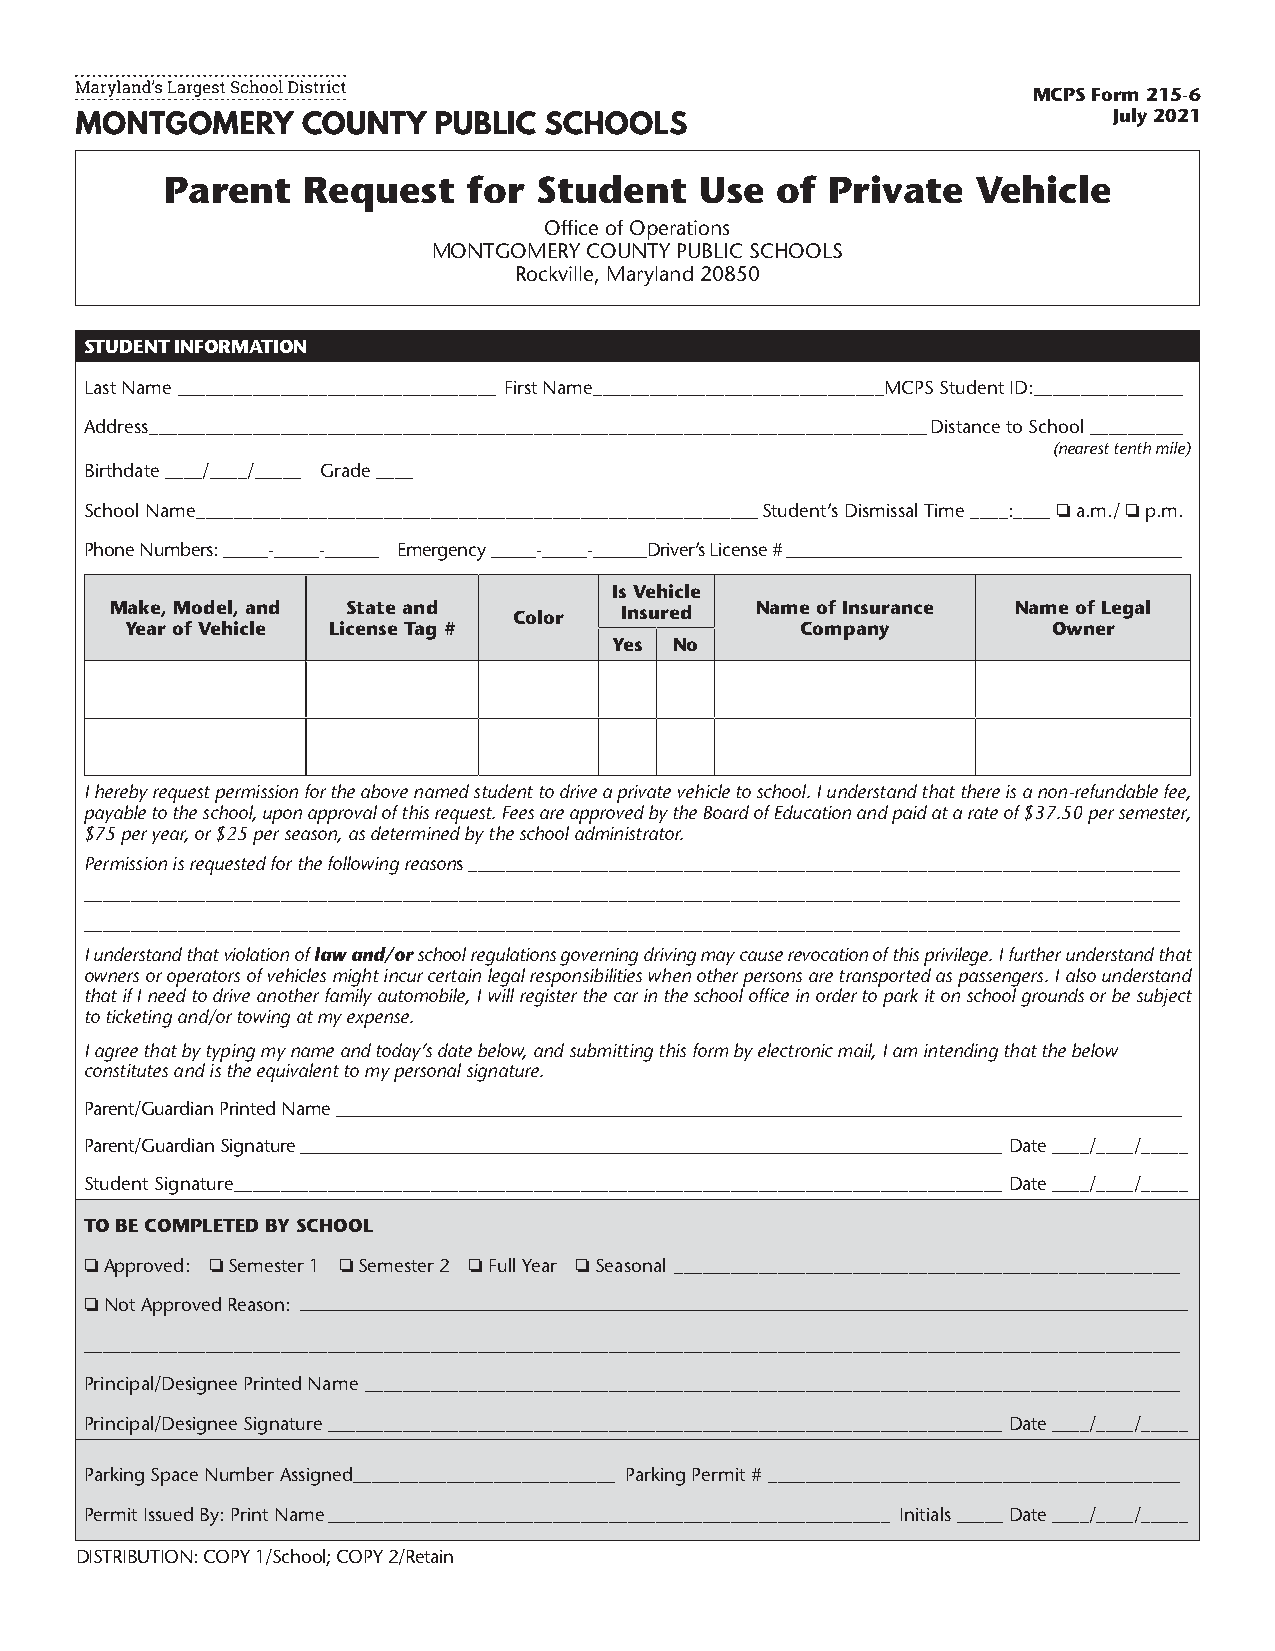
MCPS Form 215-6
 July 2021
 Parent   Request    for Student    Use  of  Private   Vehicle
 Office of Operations
 MONTGOMERY COUNTY PUBLIC SCHOOLS
 Rockville, Maryland 20850
 STUDENT INFORMATION
 Last Name __________________________________ First Name_______________________________MCPS Student ID:________________
 Address ___________________________________________________________________________________Distance to School __________
 (nearest tenth mile)
 Birthdate ____/____/_____ Grade ____
 School Name ____________________________________________________________Student’s Dismissal Time ____:____ o a.m./ o p.m.
 Phone Numbers: _____-_____-______ Emergency _____-_____-______Driver’s License # ____________________________________________
 Is Vehicle
 Make, Model, and State and Color  Insured  Name of Insurance Name of Legal
 Year of Vehicle License Tag #                Company          Owner
 Yes No
 I hereby request permission for the above named student to drive a private vehicle to school. I understand that there is a non-refundable fee,
 payable to the school, upon approval of this request. Fees are approved by the Board of Education and paid at a rate of $37.50 per semester,
 $75 per year, or $25 per season, as determined by the school administrator.
 Permission is requested for the following reasons ____________________________________________________________________________
 _____________________________________________________________________________________________________________________
 _____________________________________________________________________________________________________________________
 I understand that violation of law and/or school regulations governing driving may cause revocation of this privilege. I further understand that
 owners or operators of vehicles might incur certain legal responsibilities when other persons are transported as passengers. I also understand
 that if I need to drive another family automobile, I will register the car in the school office in order to park it on school grounds or be subject
 to ticketing and/or towing at my expense.
 I agree that by typing my name and today’s date below, and submitting this form by electronic mail, I am intending that the below
 constitutes and is the equivalent to my personal signature.
 Parent/Guardian Printed Name ______________________________________________________________________________________________
 Parent/Guardian Signature ______________________________________________________________________________ Date ____/____/_____
 Student Signature __________________________________________________________________________________ Date ____/____/_____
 TO BE COMPLETED BY SCHOOL
 o Approved: o Semester 1 o Semester 2 o Full Year o Seasonal ______________________________________________________
 o Not Approved Reason:
 _____________________________________________________________________________________________________________________
 Principal/Designee Printed Name _______________________________________________________________________________________
 Principal/Designee Signature ________________________________________________________________________ Date ____/____/_____
 Parking Space Number Assigned____________________________ Parking Permit # ____________________________________________
 Permit Issued By: Print Name ____________________________________________________________ Initials _____ Date ____/____/_____
 DISTRIBUTION: COPY 1/School; COPY 2/Retain